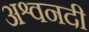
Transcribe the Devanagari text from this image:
अश्वनदी